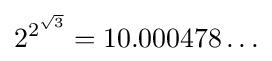
2^{2^{\sqrt {3}}}=10.000478\ldots